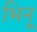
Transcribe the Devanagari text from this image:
भिनू